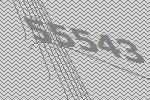
55543